Report of the King Institute of Preventive Medicine, Guindy
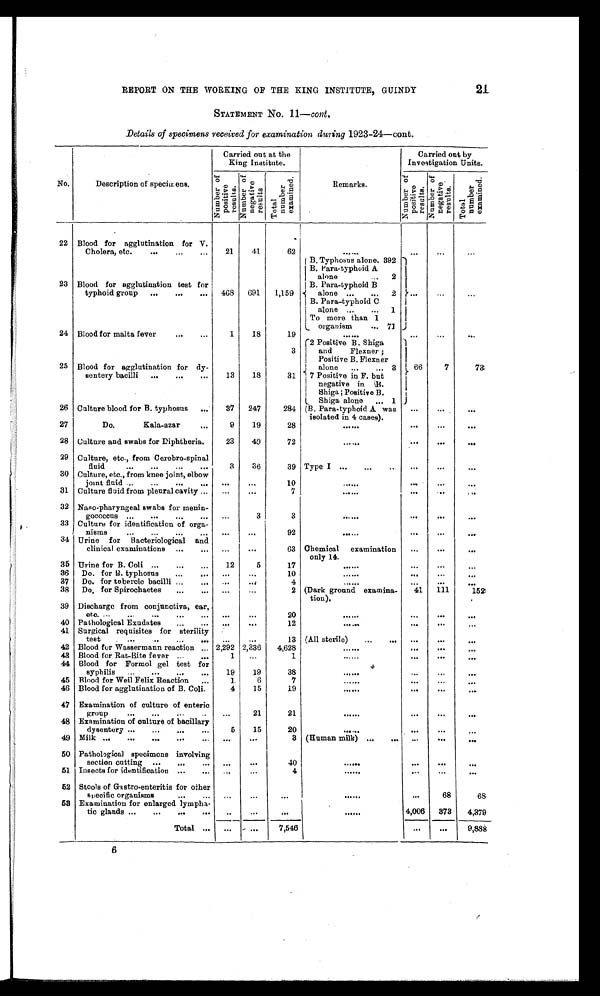
21
REPORT ON THE WORKING OF THE KING INSTITUTE, GUINDY
STATEMENT No. 11 —cont.
Details of specimens received for examination during 1923-24—cont.
No.
Description of specimens.
Carried out at the
King Institute.
Remarks.
Carried out by
Investigation Units.
N u m b e r o f p o s i t i v e r e s u l t s .
N u m b e r
o f
n e g a t i v e
r e s u l t s
T o t a l n u m b e r
e x a m i n e d .
N u m b e r o f p o s i t i v e r e s u l t s .
N u m b e r o f n e g a t i v e r e s u l t s .
T o t a l n u m b e r
e x a m i n e d .
22
B l o o d
f o r a g g l u t i n a t i o n f o r V .
Cholera, etc.
. . .
21
41
62
. . .
. . .
. . .
. . .
B. Typhosus alone. 392
B. Para-typhoid A
alone . . .
2
23 Blood for agglutination test for
typhoid group
. . .
468
691
1,159
. . .
. . .
. . .
B. Para-typhoid B
alone
. . . 2
B. Para-typhoid C
alone . . .
1
To more than 1
organism
. . . 71
24 Blood for malta fever
. . .
1
18
19
. . .
. . .
. . .
. . .
2 Positive B. Shiga
and Flexner;
Positive B. Flexner
alone
. . . 3
3
25 Blood for agglutination for dy-
sentery bacilli
. . .
13
18
31
66
7
73
7 Positive in F. but
negative in B.
Shiga; Positive B.
Shiga alone
. . . 1
26 Culture blood for B. typhosus
. . .
37
247
284
. . .
. . .
. . .
(B. Para-typhoid. A was
isolated in 4 cases).
27
Do. Kala-azar
. . .
9
19
28
. . .
. . .
. . .
. . .
28 Culture and swabs for Diphtheria.
23
49
72
. . .
. . .
. . .
. . .
29 Culture, etc., from Cerebro-spinal
fluid
. . .
3
36
39 Type I . . .
. . .
. . .
. . .
30 Culture, etc., from knee joint, elbow
joint fluid
. . .
. . .
. . .
10
. . .
. . .
. . .
. . .
31 Culture fluid from pleural cavity . . .
. . .
. . .
7
. . .
. . .
. . .
. . .
32 Naso-pharyngeal swabs for menin-
gococcus . . .
. . .
3
3
. . .
. . .
. . .
. . .
33 Culture for identification of orga-
nisms
. . .
. . .
. . .
92
. . .
. . .
. . .
. . .
34 Urine for
Bacteriological and
clinical examinations
. . .
. . .
. . .
63 Chemical
examination
only 14.
. . .
. . .
. . .
35 Urine for B. Coli
. . .
12
5
17
. . .
. . .
. . .
. . .
36
Do. for B. typhosus
. . .
. . .
. . .
10
. . .
. . .
. . .
. . .
37
Do. for tubercle bacilli . . .
. . .
. . .
4
. . .
. . .
. . .
. . .
38
Do. for Spirochaetes
. . .
. . .
. . .
2 (Dark ground examina-
tion).
41
111
152
39 Discharge from conjunctiva, ear,
etc.
. . .
. . .
. . .
20
. . .
. . .
. . .
. . .
40 Pathological Exudates
. . .
. . .
. . .
12
. . .
. . .
. . .
. . .
41 Surgical requisites for sterility
test
. . .
. . .
. . .
13 (All sterile)
. . .
. . .
. . .
. . .
42 Blood for Wassermann reaction
. . . 2,292 2,336
4,628
. . .
. . .
. . .
. . .
43 Blood for Rat-Bite fever
. . .
1
. . .
1
. . .
. . .
. . .
. . .
44 Blood for Formol gel test for
syphilis
. . .
19
19
38
. . .
. . .
. . .
. . .
45 Blood for Weil Felix Reaction
. . .
1
6
7
. . .
. . .
. . .
. . .
46 Blood for agglutination of B. Coli.
4
15
19
. . .
. . .
. . .
. . .
47 Examination of culture of enteric
group
. . .
. . .
21
21
. . .
. . .
. . .
. . .
48 Examination of culture of bacillary
dysentery
. . .
5
15
20
. . .
. . .
. . .
. . .
49 Milk
. . .
. . .
. . .
3 (Human milk)
. . .
. . .
. . .
. . .
50 Pathological specimens involving
section cutting
. . .
. . .
. . .
40
. . .
. . .
. . .
. . .
51 Insects for identification
. . .
. . .
. . .
4
. . .
. . . . . .
. . .
52 Stools of Gastro-enteritis for other
specific organisms
. . .
. . .
. . .
. . .
. . .
. . .
68
68
58 Examination for enlarged lympha-
tic glands
. . .
. . .
. . .
. . .
. . .
4,006
3 7 3
4,379
T o t a l . . .
. . .
. . .
7,546
. . .
. . .
9,888
6